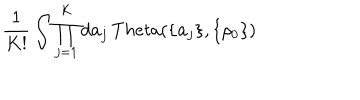
\frac { 1 } { K ! } \int \prod _ { j = 1 } ^ { K } d { \bf a } _ { j } \, T h e t a ( \{ { \bf a } _ { j } \} , \{ \rho _ { 0 } \} )